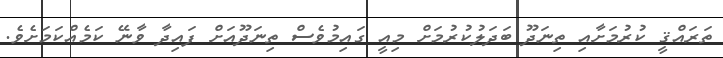
ތަރައްޤީ ކުރުމަށާއި ތިނަދޫ ބަދަލުކުރުމަށް މިއީ ގައިމުވެސް ތިނަދޫއަށް ފައިދާ ވާނޭ ކަމެއްކަމަށެވެ.